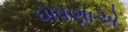
ઘોષણાએ